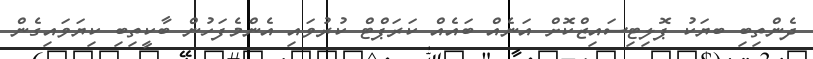
ދެންތިބި ބޔަކު ޕޮލިޓިސައިޒްކޮށް އަނެއް ބައެއް ކަރަޕްޓް ކުރުވައި އެންމެފަހުން ބާކީތިބި ކިޔަވައިގެން